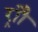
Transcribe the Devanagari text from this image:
र्‍ाौ